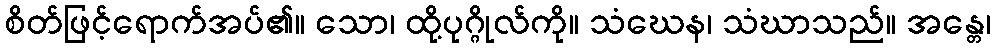
စိတ်ဖြင့်ရောက်အပ်၏။ သော၊ ထို့ပုဂ္ဂိုလ်ကို။ သံဃေန၊ သံဃာသည်။ အန္တေ၊